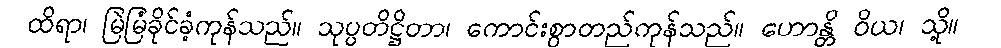
ထိရာ၊ မြဲမြံခိုင်ခံ့ကုန်သည်။ သုပ္ပတိဋ္ဌိတာ၊ ကောင်းစွာတည်ကုန်သည်။ ဟောန္တိ ဝိယ၊ သို့။